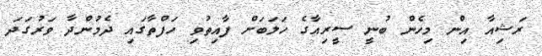
ރަޝިއާ އިން މިހެން ބުނީ ސީރިއާގެ ހަލަބަށް ފާއިތުވި ހަފްތާގައި ދެމުންދާ ވަރުގަދަ